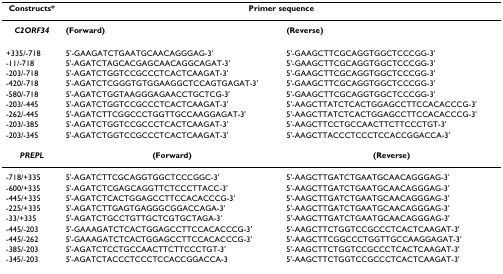
<table><thead><tr><td><b>Constructs*</b></td><td colspan="2"><b>Primer sequence</b></td></tr></thead><tbody><tr><td><b><i>C2ORF34</i></b></td><td><b>(Forward)</b></td><td><b>(Reverse)</b></td></tr><tr><td>+335/-718</td><td>5&#x27;-GAAGATCTGAATGCAACAGGGAG-3&#x27;</td><td>5&#x27;-GAAGCTTCGCAGGTGGCTCCCGG-3&#x27;</td></tr><tr><td>-11/-718</td><td>5&#x27;-AGATCTAGCACGAGCAACAGGCAGAT-3&#x27;</td><td>5&#x27;-GAAGCTTCGCAGGTGGCTCCCGG-3&#x27;</td></tr><tr><td>-203/-718</td><td>5&#x27;-AGATCTGGTCCGCCCTCACTCAAGAT-3&#x27;</td><td>5&#x27;-GAAGCTTCGCAGGTGGCTCCCGG-3&#x27;</td></tr><tr><td>-420/-718</td><td>5&#x27;-AGATCTCGGGTGTGGAAGGCTCCAGTGAGAT-3&#x27;</td><td>5&#x27;-GAAGCTTCGCAGGTGGCTCCCGG-3&#x27;</td></tr><tr><td>-580/-718</td><td>5&#x27;-AGATCTGGTAAGGGAGAACCTGCTCG-3&#x27;</td><td>5&#x27;-GAAGCTTCGCAGGTGGCTCCCGG-3&#x27;</td></tr><tr><td>-203/-445</td><td>5&#x27;-AGATCTGGTCCGCCCTCACTCAAGAT-3&#x27;</td><td>5&#x27;-AAGCTTATCTCACTGGAGCCTTCCACACCCG-3&#x27;</td></tr><tr><td>-262/-445</td><td>5&#x27;-AGATCTTCGGCCCTGGTTGCCAAGGAGAT-3&#x27;</td><td>5&#x27;-AAGCTTATCTCACTGGAGCCTTCCACACCCG-3&#x27;</td></tr><tr><td>-203/-385</td><td>5&#x27;-AGATCTGGTCCGCCCTCACTCAAGAT-3&#x27;</td><td>5&#x27;-AAGCTTCCTGCCAACTTCTTCCCTGT-3&#x27;</td></tr><tr><td>-203/-345</td><td>5&#x27;-AGATCTGGTCCGCCCTCACTCAAGAT-3&#x27;</td><td>5&#x27;-AAGCTTACCCTCCCTCCACCGGACCA-3&#x27;</td></tr><tr><td><b><i>PREPL</i></b></td><td><b>(Forward)</b></td><td><b>(Reverse)</b></td></tr><tr><td>-718/+335</td><td>5&#x27;-AGATCTTCGCAGGTGGCTCCCGGC-3&#x27;</td><td>5&#x27;-AAGCTTGATCTGAATGCAACAGGGAG-3&#x27;</td></tr><tr><td>-600/+335</td><td>5&#x27;-AGATCTCGAGCAGGTTCTCCCTTACC-3&#x27;</td><td>5&#x27;-AAGCTTGATCTGAATGCAACAGGGAG-3&#x27;</td></tr><tr><td>-445/+335</td><td>5&#x27;-AGATCTCACTGGAGCCTTCCACACCCG-3&#x27;</td><td>5&#x27;-AAGCTTGATCTGAATGCAACAGGGAG-3&#x27;</td></tr><tr><td>-225/+335</td><td>5&#x27;-AGATCTTGAGTGAGGGCGGACCAGA-3&#x27;</td><td>5&#x27;-AAGCTTGATCTGAATGCAACAGGGAG-3&#x27;</td></tr><tr><td>-33/+335</td><td>5&#x27;-AGATCTGCCTGTTGCTCGTGCTAGA-3&#x27;</td><td>5&#x27;-AAGCTTGATCTGAATGCAACAGGGAG-3&#x27;</td></tr><tr><td>-445/-203</td><td>5&#x27;-GAAAGATCTCACTGGAGCCTTCCACACCCG-3&#x27;</td><td>5&#x27;-AAGCTTCTGGTCCGCCCTCACTCAAGAT-3&#x27;</td></tr><tr><td>-445/-262</td><td>5&#x27;-GAAAGATCTCACTGGAGCCTTCCACACCCG-3&#x27;</td><td>5&#x27;-AAGCTTCGGCCCTGGTTGCCAAGGAGAT-3&#x27;</td></tr><tr><td>-385/-203</td><td>5&#x27;-AGATCTCCTGCCAACTTCTTCCCTGT-3&#x27;</td><td>5&#x27;-AAGCTTCTGGTCCGCCCTCACTCAAGAT-3&#x27;</td></tr><tr><td>-345/-203</td><td>5&#x27;-AGATCTACCCTCCCTCCACCGGACCA-3</td><td>5&#x27;-AAGCTTCTGGTCCGCCCTCACTCAAGAT-3&#x27;</td></tr></tbody></table>